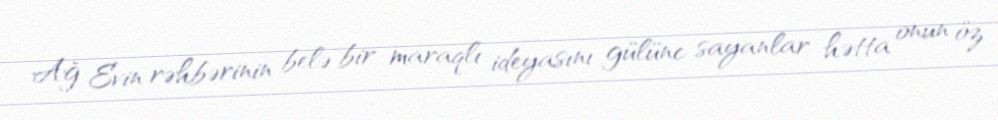
Ağ Evin rəhbərinin belə bir maraqlı ideyasını gülünc sayanlar hətta onun öz